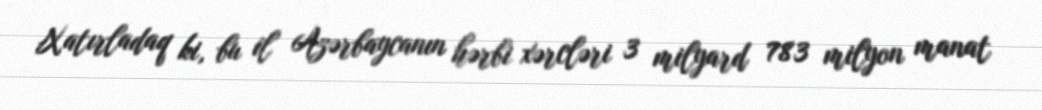
Xatırladaq ki, bu il Azərbaycanın hərbi xərcləri 3 milyard 783 milyon manat